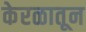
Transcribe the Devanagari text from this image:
केरळातून